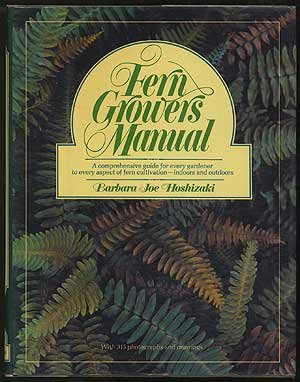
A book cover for Fern Growers Manual; Barbara Joe Hoshizaki; Crafts, Hobbies & Home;